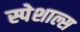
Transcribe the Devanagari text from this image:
स्पेशाल्स